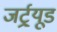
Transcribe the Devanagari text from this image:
जर्ट्र्यूड